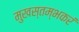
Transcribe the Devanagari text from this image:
मुखस्तम्भकरं